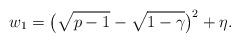
LaTeX: \begin{align*} w_1=\big(\sqrt{p-1}-\sqrt{1-\gamma}\big)^2+\eta.\end{align*}